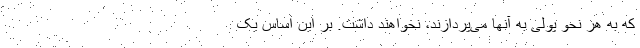
که به هر نحو پولی به آنها می‌پردازند، نخواهند داشت. بر این اساس یک